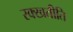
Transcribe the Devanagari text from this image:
रक्खतीति